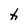
Character: h